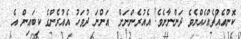
ކޮންއެއްޗެއްހެއްޔެވެ ދަންނާށެވެ! އެއުރެންނަށް  އަންނަ ދުވަހު އެއުރެންގެ ކިބައިން އެ